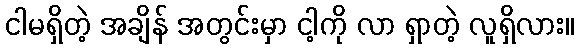
ငါမရှိတဲ့ အချိန် အတွင်းမှာ ငါ့ကို လာ ရှာတဲ့ လူရှိလား။